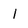
Character: 1